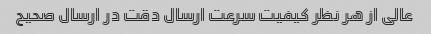
عالی از هر نظر کیفیت سرعت ارسال دقت در ارسال صحیح